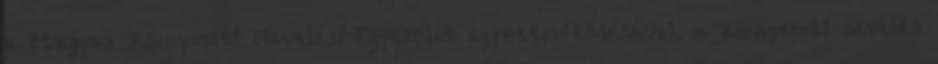
a Magyar Környezeti Nevelési Egyesület együttműködésével, a környezeti nevelés